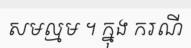
សមល្មម ។ ក្នុង ករណី